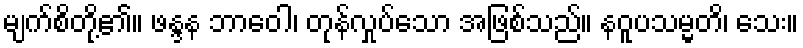
မျက်စိတို့၏။ ဖန္ဒန ဘာဝေါ၊ တုန်လှုပ်သော အဖြစ်သည်။ နဝူပသမ္မတိ၊ သေး။